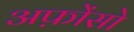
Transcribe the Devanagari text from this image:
अफ़ोंसो